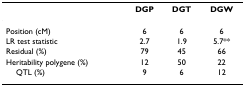
|  | DGP | DGT | DGW |
 | --- | --- | --- | --- |
 | Position (cM) | 6 | 6 | 6 |
 | LR test statistic | 2.7 | 1.9 | 5.7** |
 | Residual (%) | 79 | 45 | 66 |
 | Heritability polygene (%) | 12 | 50 | 22 |
 | QTL (%) | 9 | 6 | 12 |